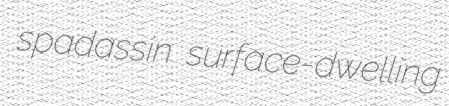
spadassin surface-dwelling